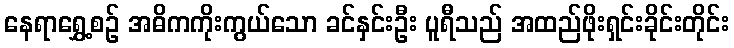
နေရာရွှေ့စဉ် အဓိကကိုးကွယ်သော ခင်နှင်းဦး ပူရီသည် အထည်ဖိုးရှင်းခိုင်းတိုင်း